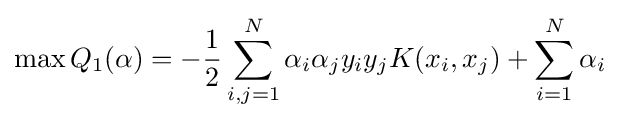
\max Q_{1}(\alpha )=-{\frac {1}{2}}\sum \limits _{i,j=1}^{N}{\alpha _{i}\alpha _{j}y_{i}y_{j}K(x_{i},x_{j})}+\sum \limits _{i=1}^{N}\alpha _{i}